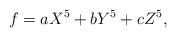
LaTeX: \begin{align*}f = a X^5 + b Y^5 + c Z^5,\end{align*}